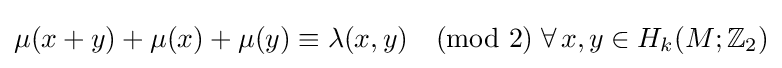
\mu (x+y)+\mu (x)+\mu (y)\equiv \lambda (x,y){\pmod {2}}\;\forall \,x,y\in H_{k}(M;\mathbb {Z} _{2})